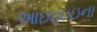
આઇઇઇઇના